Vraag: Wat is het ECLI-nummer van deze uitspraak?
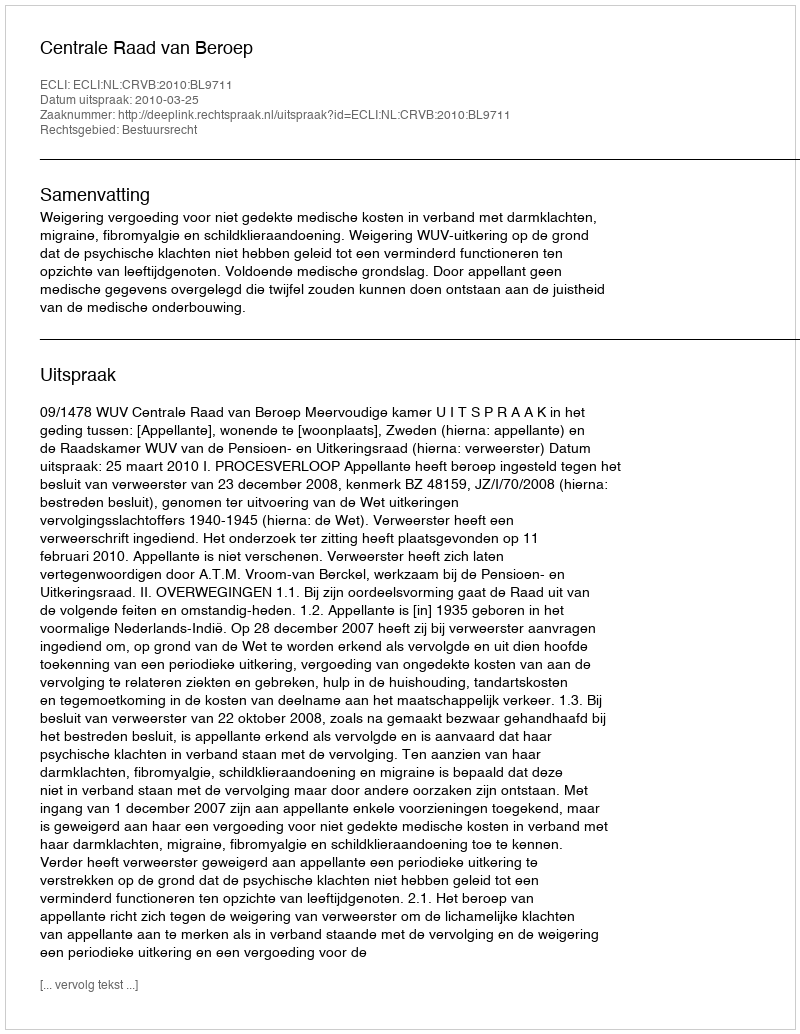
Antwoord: ECLI:NL:CRVB:2010:BL9711